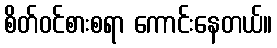
စိတ်ဝင်စားစရာ ကောင်းနေတယ်။